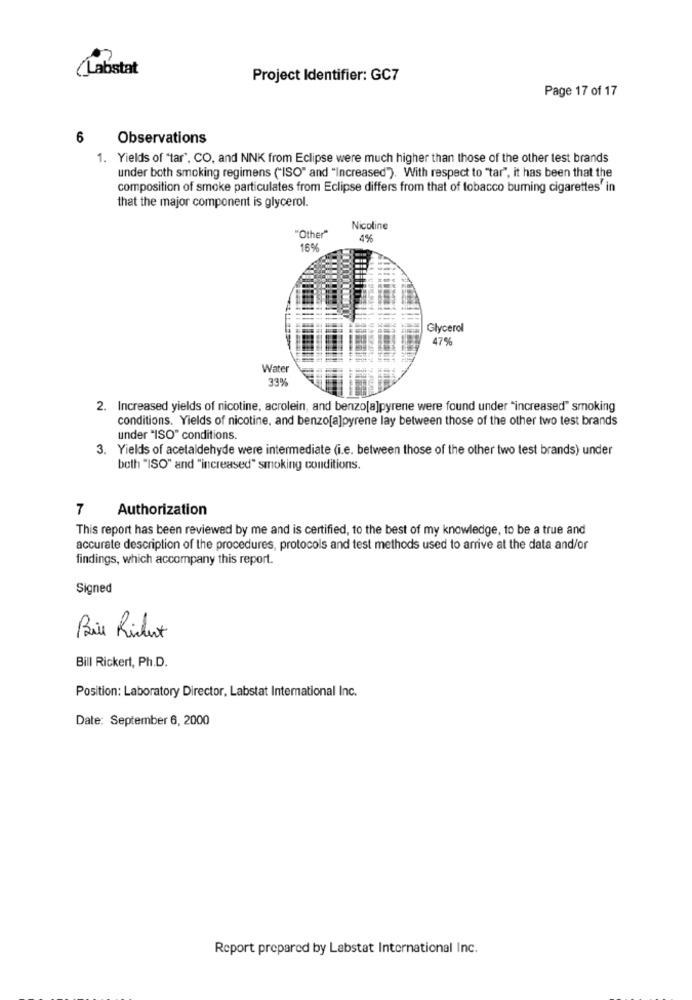
(Labstat
Project Identifier: GC7
Page 17 of 17
6
Observations
1. Yields of "tar", CO, and NNK from Eclipse were much higher than those of the other test brands
under both smoking regimens ("ISO" and "Increased"). With respect to "tar", it has been that the
composition of smoke particulates from Eclipse differs from that of tobacco burning cigarettes' in
that the major component is glycerol.
Nicoline
"Other"
4%
169
Glycerol
47%
Water
33%
2. Increased yields of nicotine, acrolein, and benzo[a]pyrene were found under "increased" smoking
conditions. Yields of nicotine, and benzo[a]pyrene lay between those of the other two test brands
under "ISO" conditions.
3. Yields of acetaldehyde were intermediate (i.e. between those of the other two test brands) under
both "ISO" and "increased" smoking conditions.
7
Authorization
This report has been reviewed by me and is certified, to the best of my knowledge, to be a true and
accurate description of the procedures, protocols and test methods used to arrive at the data and/or
findings, which accompany this report.
Signed
Bie Richert
Bill Rickert, Ph.D.
Position: Laboratory Director, Labstat International Inc.
Date: September 6, 2000
Report prepared by Labstat International Inc.